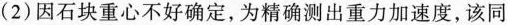
( 2 ) 因石块重心不好确定，为精确测出重力加速度，该同